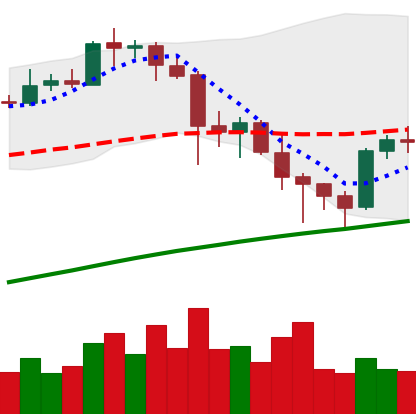
Ticker: BTC-USD
Chart end date: 2021-04-28
Forward return: 4.333%
Label: up_3_5